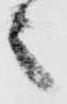
之